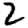
Digit: 2